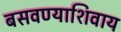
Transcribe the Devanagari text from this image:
बसवण्याशिवाय